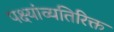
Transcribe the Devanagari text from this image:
पक्ष्यांव्यतिरिक्त